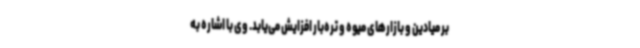
بر میادین و بازارهای میوه و تره‌بار افزایش می‌یابد. وی با اشاره به